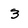
Character: 3